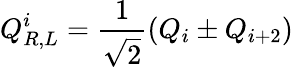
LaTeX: Q_{R,L}^{i}={\frac{1}{\sqrt{2}}}(Q_{i}\pm Q_{i+2})